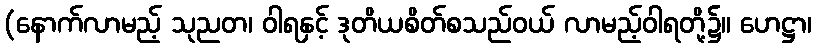
(နောက်လာမည့် သုညတ၊ ဝါရနှင့် ဒုတိယစိတ်စသည်ဝယ် လာမည့်ဝါရတို့၌။ ဟေဋ္ဌာ၊